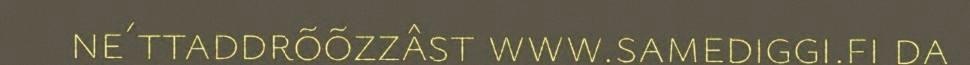
ne´ttaddrõõzzâst www.samediggi.fi da